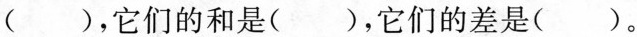
( )，它们的和是( )，它们的差是( )。